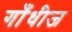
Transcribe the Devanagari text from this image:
गाँधीज